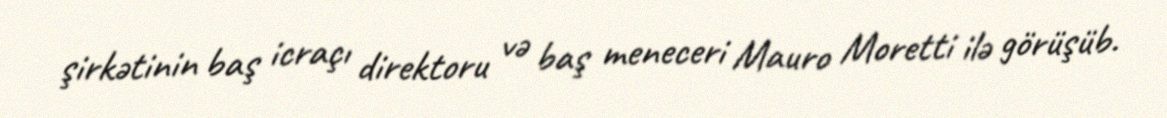
şirkətinin baş icraçı direktoru və baş meneceri Mauro Moretti ilə görüşüb.